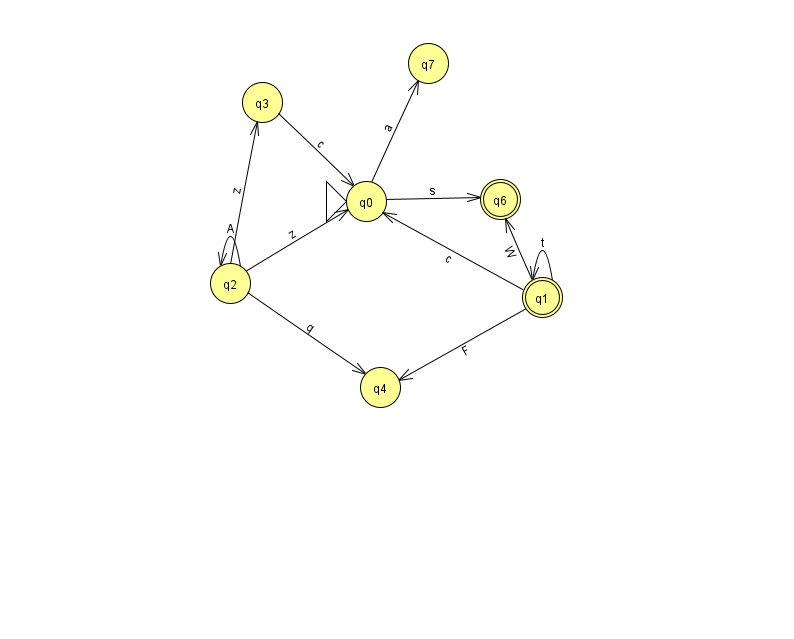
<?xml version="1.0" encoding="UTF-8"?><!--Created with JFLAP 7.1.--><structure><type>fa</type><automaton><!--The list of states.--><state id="0" name="q0"><x>366.0</x><y>188.0</y><initial/></state><state id="1" name="q1"><x>542.0</x><y>284.0</y><final/></state><state id="2" name="q2"><x>230.0</x><y>270.0</y></state><state id="3" name="q3"><x>262.0</x><y>89.0</y></state><state id="4" name="q4"><x>380.0</x><y>374.0</y></state><state id="6" name="q6"><x>500.0</x><y>186.0</y><final/></state><state id="7" name="q7"><x>428.0</x><y>50.0</y></state><!--The list of transitions.--><transition><from>0</from><to>6</to><read>s</read></transition><transition><from>1</from><to>6</to><read>W</read></transition><transition><from>2</from><to>2</to><read>A</read></transition><transition><from>1</from><to>4</to><read>F</read></transition><transition><from>2</from><to>0</to><read>z</read></transition><transition><from>1</from><to>1</to><read>t</read></transition><transition><from>1</from><to>0</to><read>c</read></transition><transition><from>0</from><to>7</to><read>a</read></transition><transition><from>2</from><to>4</to><read>q</read></transition><transition><from>2</from><to>3</to><read>z</read></transition><transition><from>3</from><to>0</to><read>c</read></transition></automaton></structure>